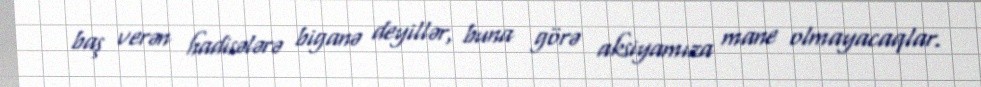
baş verən hadisələrə biganə deyillər, buna görə aksiyamıza mane olmayacaqlar.